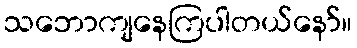
သဘောကျနေကြပါတယ်နော်။